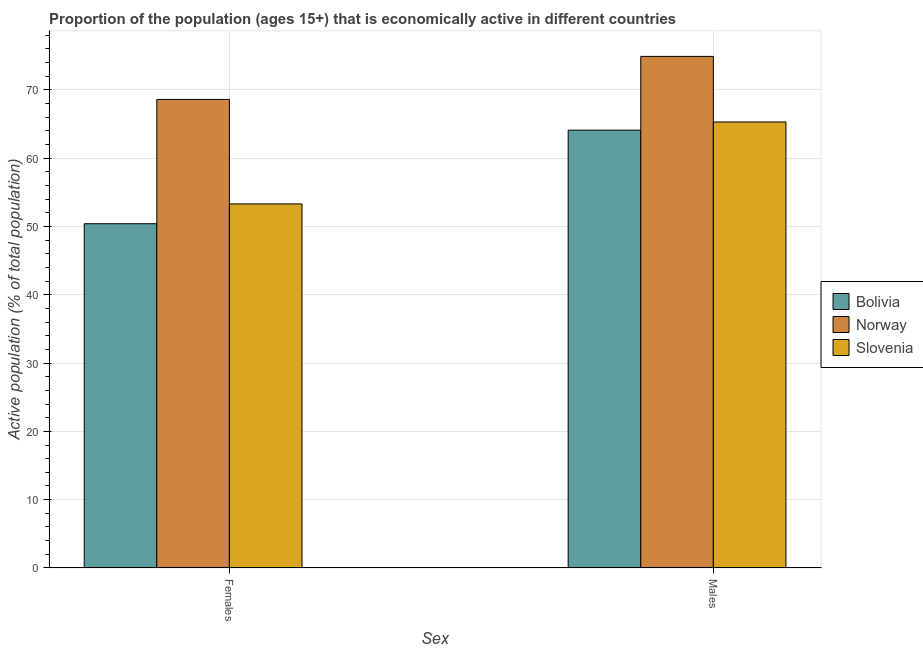
| Sex | Bolivia | Norway | Slovenia |
 | --- | --- | --- | --- |
 | Females | 50.4 | 68.6 | 53.3 |
 | Males | 64.1 | 74.9 | 65.3 |